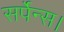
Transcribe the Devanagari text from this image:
सर्पेन्स।